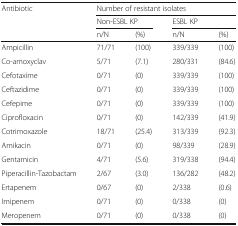
| <ROWSPAN=3> Antibiotic | <COLSPAN=4> Number of resistant isolates |
 | <COLSPAN=2> Non-ESBL KP | <COLSPAN=2> ESBL KP |
 | n/N | (%) | n/N | (%) |
 | --- | --- | --- | --- | --- |
 | Ampicillin | 71/71 | (100) | 339/339 | (100) |
 | Co-amoxyclav | 5/71 | (7.1) | 280/331 | (84.6) |
 | Cefotaxime | 0/71 | (0) | 339/339 | (100) |
 | Ceftazidime | 0/71 | (0) | 339/339 | (100) |
 | Cefepime | 0/71 | (0) | 339/339 | (100) |
 | Ciprofloxacin | 0/71 | (0) | 142/339 | (41.9) |
 | Cotrimoxazole | 18/71 | (25.4) | 313/339 | (92.3) |
 | Amikacin | 0/71 | (0) | 98/339 | (28.9) |
 | Gentamicin | 4/71 | (5.6) | 319/338 | (94.4) |
 | Piperacillin-Tazobactam | 2/67 | (3.0) | 136/282 | (48.2) |
 | Ertapenem | 0/67 | (0) | 2/338 | (0.6) |
 | Imipenem | 0/71 | (0) | 0/338 | (0) |
 | Meropenem | 0/71 | (0) | 0/338 | (0) |